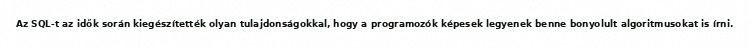
Az SQL-t az idők során kiegészítették olyan tulajdonságokkal, hogy a programozók képesek legyenek benne bonyolult algoritmusokat is írni.